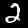
Digit: 2